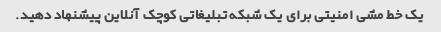
یک خط مشی امنیتی برای یک شبکه تبلیغاتی کوچک آنلاین پیشنهاد دهید.